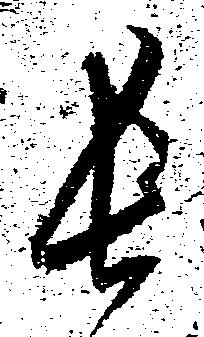
長